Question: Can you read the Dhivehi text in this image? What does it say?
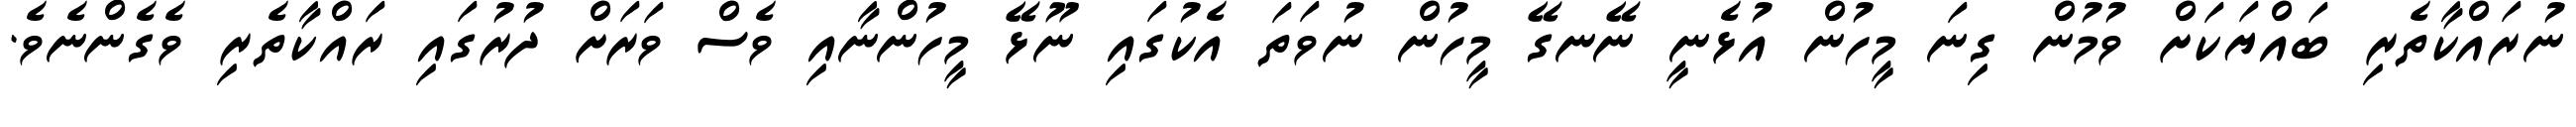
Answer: ނުރައްކާތެރި ބައްޔަކަށް ވުމުން ގިނަ މީހުން އުޅެނީ ނޭނގޭ މީހުން ނުވަތަ އެކުގައި ނޫޅޭ މީހުންނާއި ވެސް ވަރަށް ދުރުގައި ރައްކާތެރި ވެގެންނެވެ.